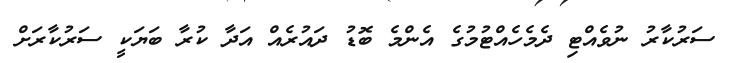
ސަރުކާރު ނުވެއްޓި ދެމެހެއްޓުމުގެ އެންމެ ބޮޑު ދައުރެއް އަދާ ކުރާ ބަޔަކީ ސަރުކާރަށް